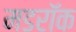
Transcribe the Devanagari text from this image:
मडरॉक